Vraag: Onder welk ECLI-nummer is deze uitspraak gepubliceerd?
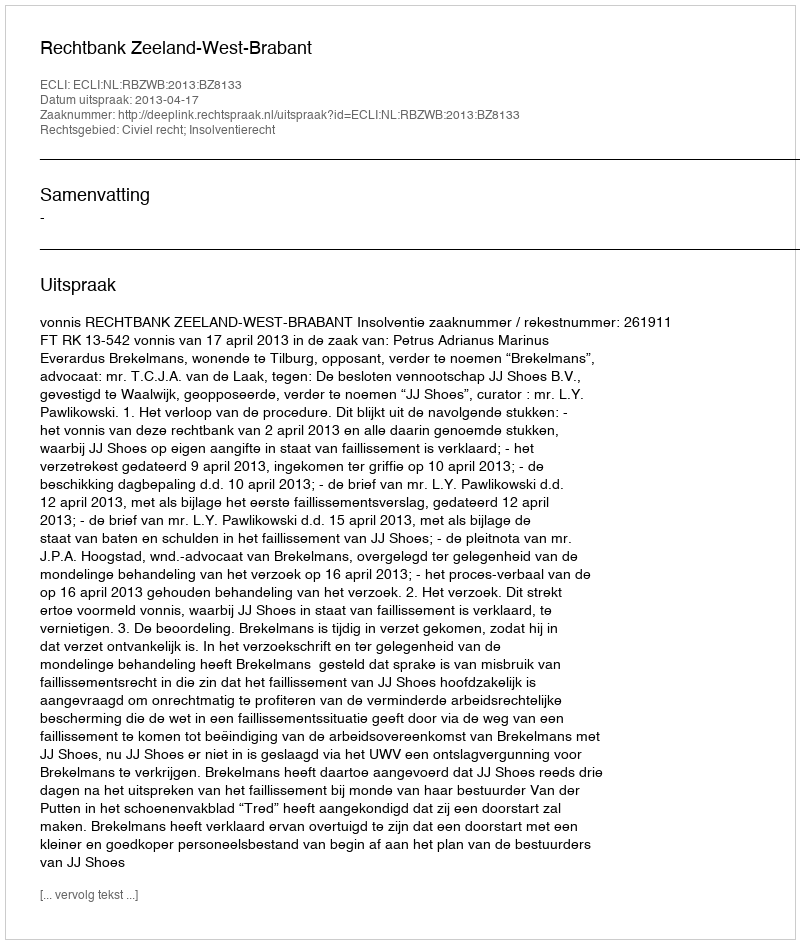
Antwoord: ECLI:NL:RBZWB:2013:BZ8133